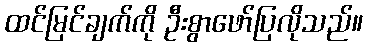
ထင်မြင်ချက်ကို ဦးစွာဖော်ပြလိုသည်။